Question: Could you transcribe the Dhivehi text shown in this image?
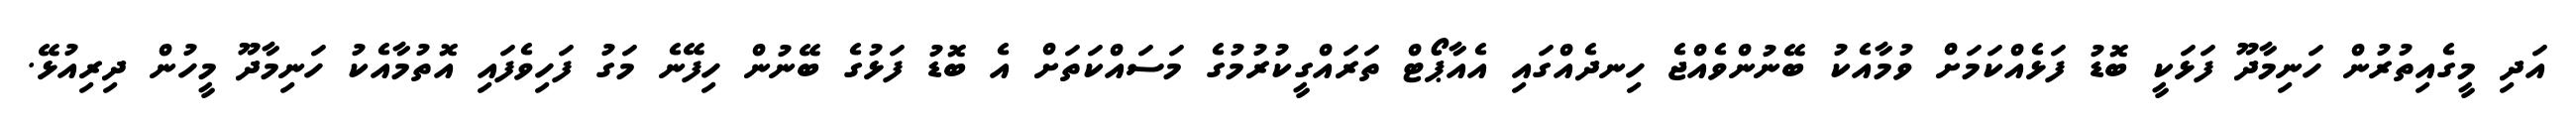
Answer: އަދި މީގެއިތުރުން ހަނިމާދޫ ފަޅަކީ ބޮޑު ފަޅެއްކަމަށް ވުމާއެކު ބޭނުންވެއްޖެ ހިނދެއްގައި އެއާޕޯޓް ތަރައްގީކުރުމުގެ މަސައްކަތަށް އެ ބޮޑު ފަޅުގެ ބޭނުން ހިފޭނެ މަގު ފަހިވެފައި އޮތުމާއެކު ހަނިމާދޫ މީހުން ދިރިއުޅޭ.